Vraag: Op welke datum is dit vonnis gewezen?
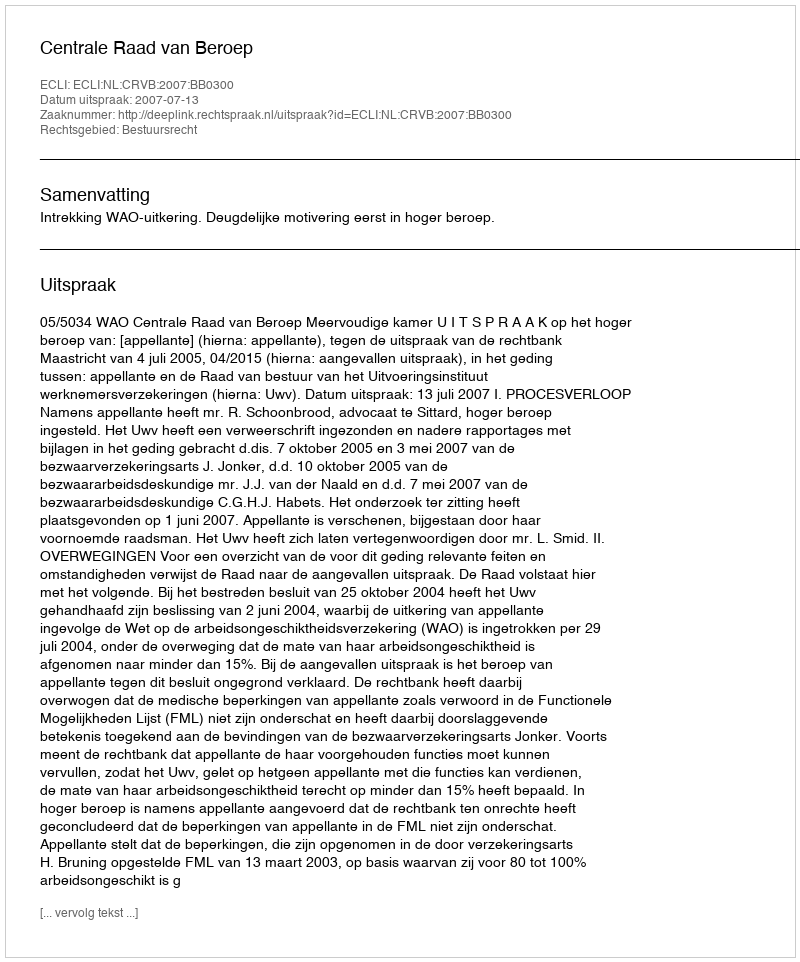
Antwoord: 2007-07-13